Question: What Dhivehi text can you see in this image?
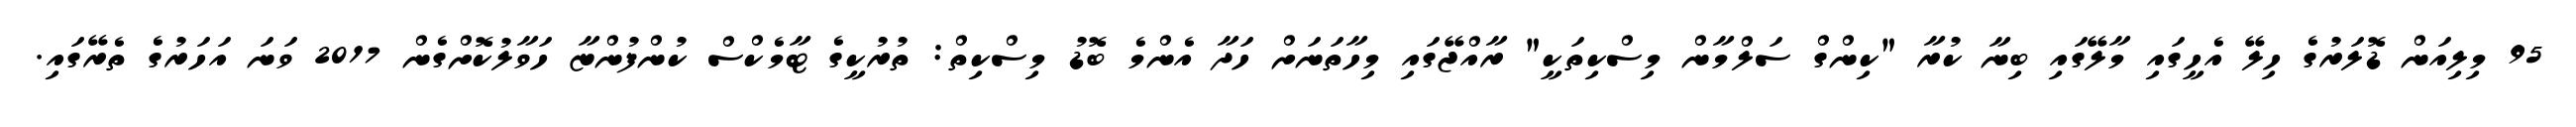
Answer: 95 މިލިއަން ޑޮލަރުގެ ހިލޭ އެހީގައި މާލޭގައި ބިނާ ކުރާ "ކިންގް ސަލްމާން މިސްކިތަކީ" ރާއްޖޭގައި މިހާތަނަށް ހަދާ އެންމެ ބޮޑު މިސްކިތް: ތުރުކީގެ ޓާމެކްސް ކުންފުންޏާ ހަވާލުކޮށްގެން 2017 ވަނަ އަހަރުގެ ތެރޭގައި.